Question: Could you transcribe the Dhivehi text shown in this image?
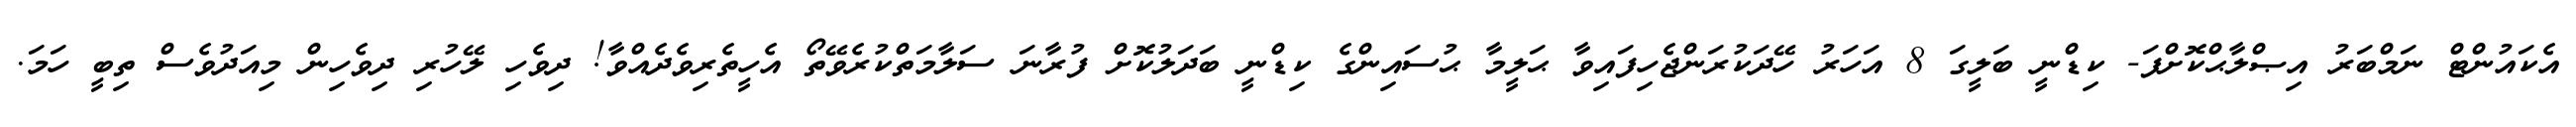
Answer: އެކައުންޓް ނަމްބަރު އިޞްލާޙްކޮށްފަ- ކިޑްނީ ބަލީގަ 8 އަހަރު ހޭދަކުރަންޖެހިފައިވާ ޙަލީމާ ޙުސައިންގެ ކިޑްނީ ބަދަލުކޮށް ފުރާނަ ސަލާމަތްކުރެވޭތޯ އެހީތެރިވެދެއްވާ! ދިވެހި ލޭހުރި ދިވެހިން މިއަދުވެސް ތިބީ ހަމަ.